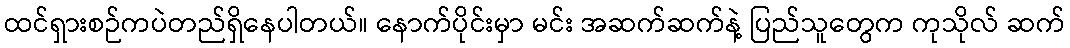
ထင်ရှားစဉ်ကပဲတည်ရှိနေပါတယ်။ နောက်ပိုင်းမှာ မင်း အဆက်ဆက်နဲ့ ပြည်သူတွေက ကုသိုလ် ဆက်